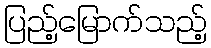
ပြည့်မြောက်သည့်